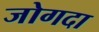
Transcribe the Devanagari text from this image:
जोगदा